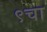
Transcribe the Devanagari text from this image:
९चा